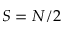
S = N / 2